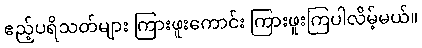
ဧည့်ပရိသတ်များ ကြားဖူးကောင်း ကြားဖူးကြပါလိမ့်မယ်။